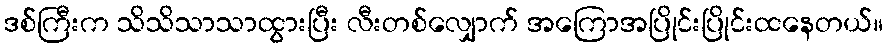
ဒစ်ကြီးက သိသိသာသာထွားပြီး လီးတစ်လျှောက် အကြောအပြိုင်းပြိုင်းထနေတယ်။